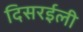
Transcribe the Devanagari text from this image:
दिसरईली